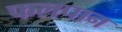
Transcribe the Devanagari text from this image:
फलपान